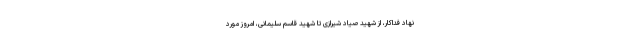
نهاد فداکار، از شهید صیاد شیرازی تا شهید قاسم سلیمانی، امروز مورد